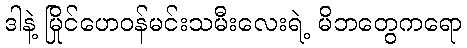
ဒါနဲ့ မြိုင်ဟေဝန်မင်းသမီးလေးရဲ့ မိဘတွေကရော